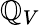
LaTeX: \mathbb{Q}_{V}